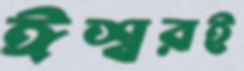
ঈশ্বরই